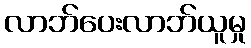
လာဘ်ပေးလာဘ်ယူမှု